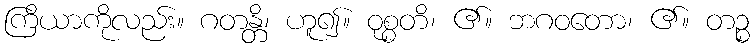
ကြိယာကိုလည်း။ ဂတန္တိ၊ ဟူ၍။ ဝုစ္စတိ၊ ၏။ ဘဂဝတော၊ ၏။ တဉ္စ